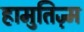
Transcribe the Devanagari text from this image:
हामुतिज़्म